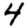
Digit: 4